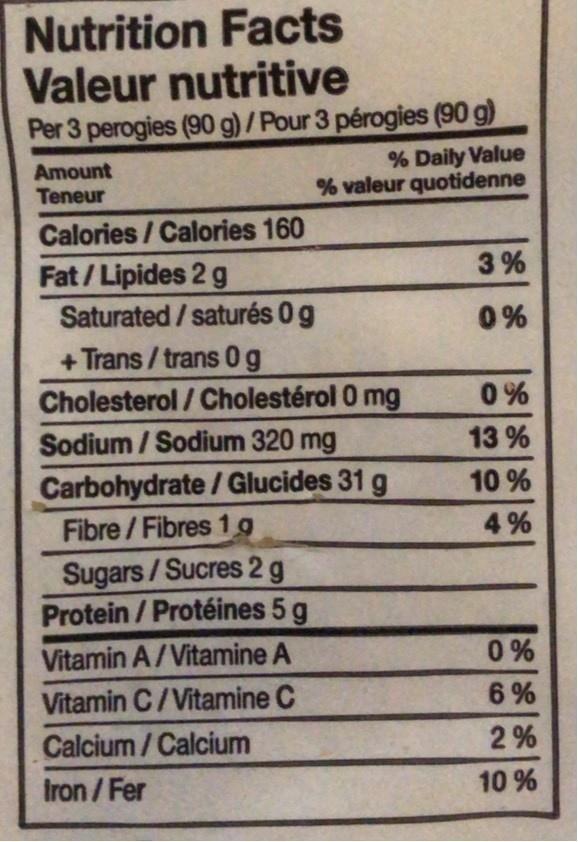
Nutrition Facts Valeur nutritive Per 3 perogies (90 g)/Pour 3 pérogies (90 g)
Amount Teneur
% Daily Value % valeur quotidenne
Calories / Calories 160
Fat / Lipides 2 g Saturated / saturés 0g
3%
0 %
+ Trans /trans 0g Cholesterol / Cholestérol 0 mg Sodium / Sodium 320 mg Carbohydrate /Glucides 31 g Fibre /Fibres 1g
0%
13 %
10 %
4 %
Sugars/Sucres 2 g Protein / Protéines 5 g
Vitamin A/Vitamine A
0 %
Vitamin C/Vitamine C
6 %
Calcium/Calcium
2%
Iron /Fer
10 %